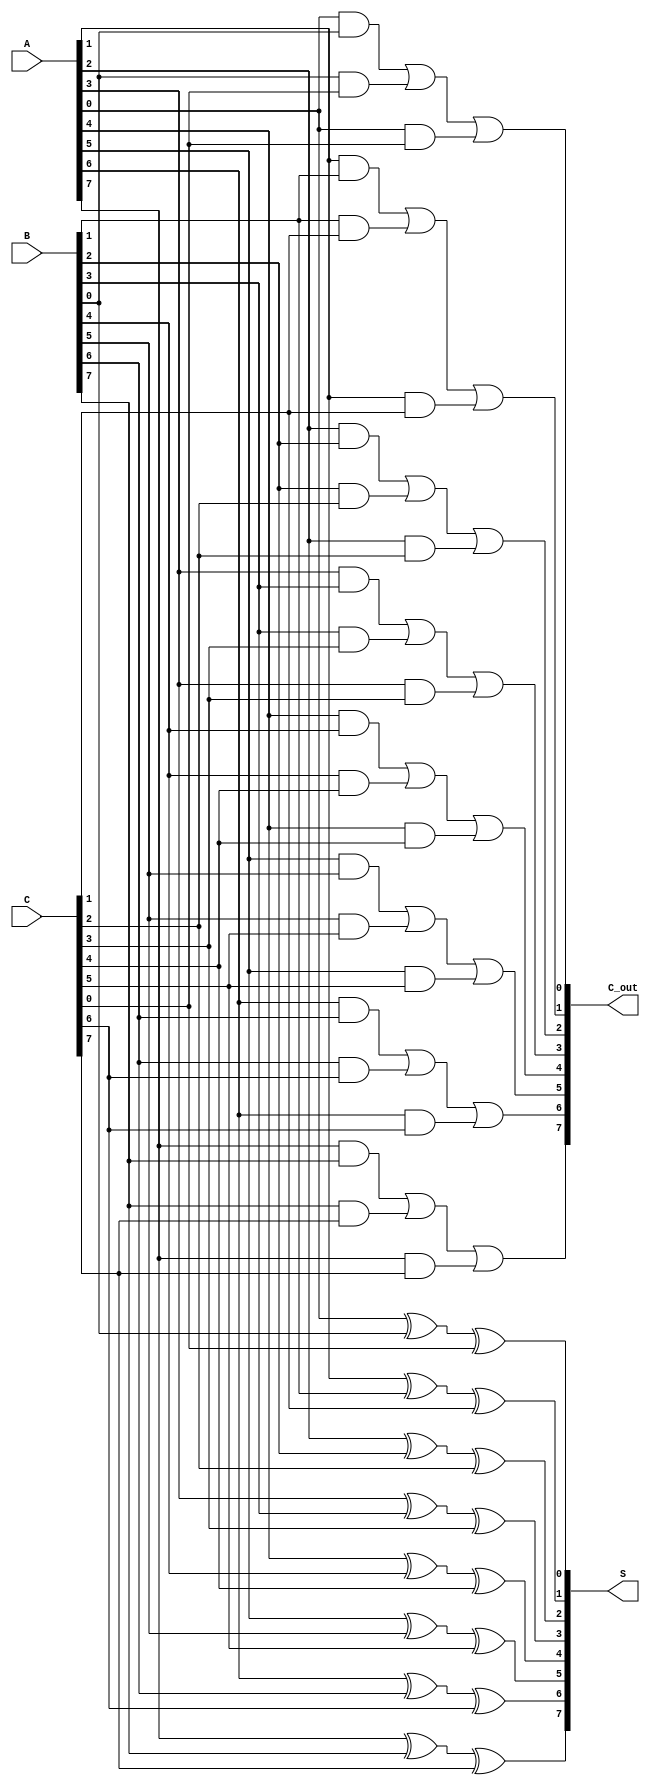
module modified_carry_save_adder #(parameter N = 8) (
    input  wire [N-1:0] A,
    input  wire [N-1:0] B,
    input  wire [N-1:0] C,
    output wire [N-1:0] S,
    output wire [N-1:0] C_out
);
    
    // Intermediate carry and sum signals
    wire [N-1:0] sum_temp;
    wire [N-1:0] carry_temp;
    
    // Calculate the partial sums and carries
    genvar i;
    generate
        for (i = 0; i < N; i = i + 1) begin : MCSA
            assign sum_temp[i] = A[i] ^ B[i] ^ C[i]; // Sum calculation
            assign carry_temp[i] = (A[i] & B[i]) | (B[i] & C[i]) | (A[i] & C[i]); // Carry calculation
        end
    endgenerate
    
    // Assign outputs
    assign S = sum_temp;
    assign C_out = carry_temp;

endmodule